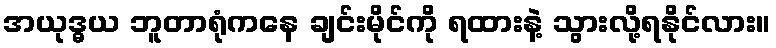
အယုဒ္ဓယ ဘူတာရုံကနေ ချင်းမိုင်ကို ရထားနဲ့ သွားလို့ရနိုင်လား။